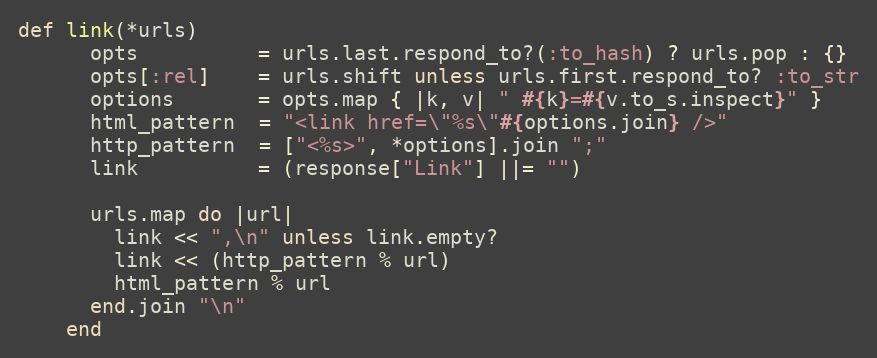
Language: Ruby
def link(*urls)
      opts          = urls.last.respond_to?(:to_hash) ? urls.pop : {}
      opts[:rel]    = urls.shift unless urls.first.respond_to? :to_str
      options       = opts.map { |k, v| " #{k}=#{v.to_s.inspect}" }
      html_pattern  = "<link href=\"%s\"#{options.join} />"
      http_pattern  = ["<%s>", *options].join ";"
      link          = (response["Link"] ||= "")

      urls.map do |url|
        link << ",\n" unless link.empty?
        link << (http_pattern % url)
        html_pattern % url
      end.join "\n"
    end